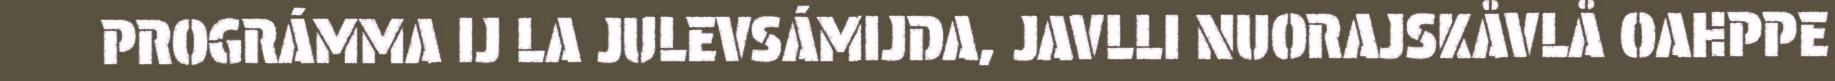
PROGRÁMMA IJ LA JULEVSÁMIJDA, JAVLLI NUORAJSKÅVLÅ OAHPPE